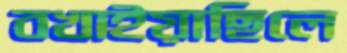
বখাইয়াছিলে